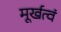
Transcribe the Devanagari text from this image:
मूर्खत्वं